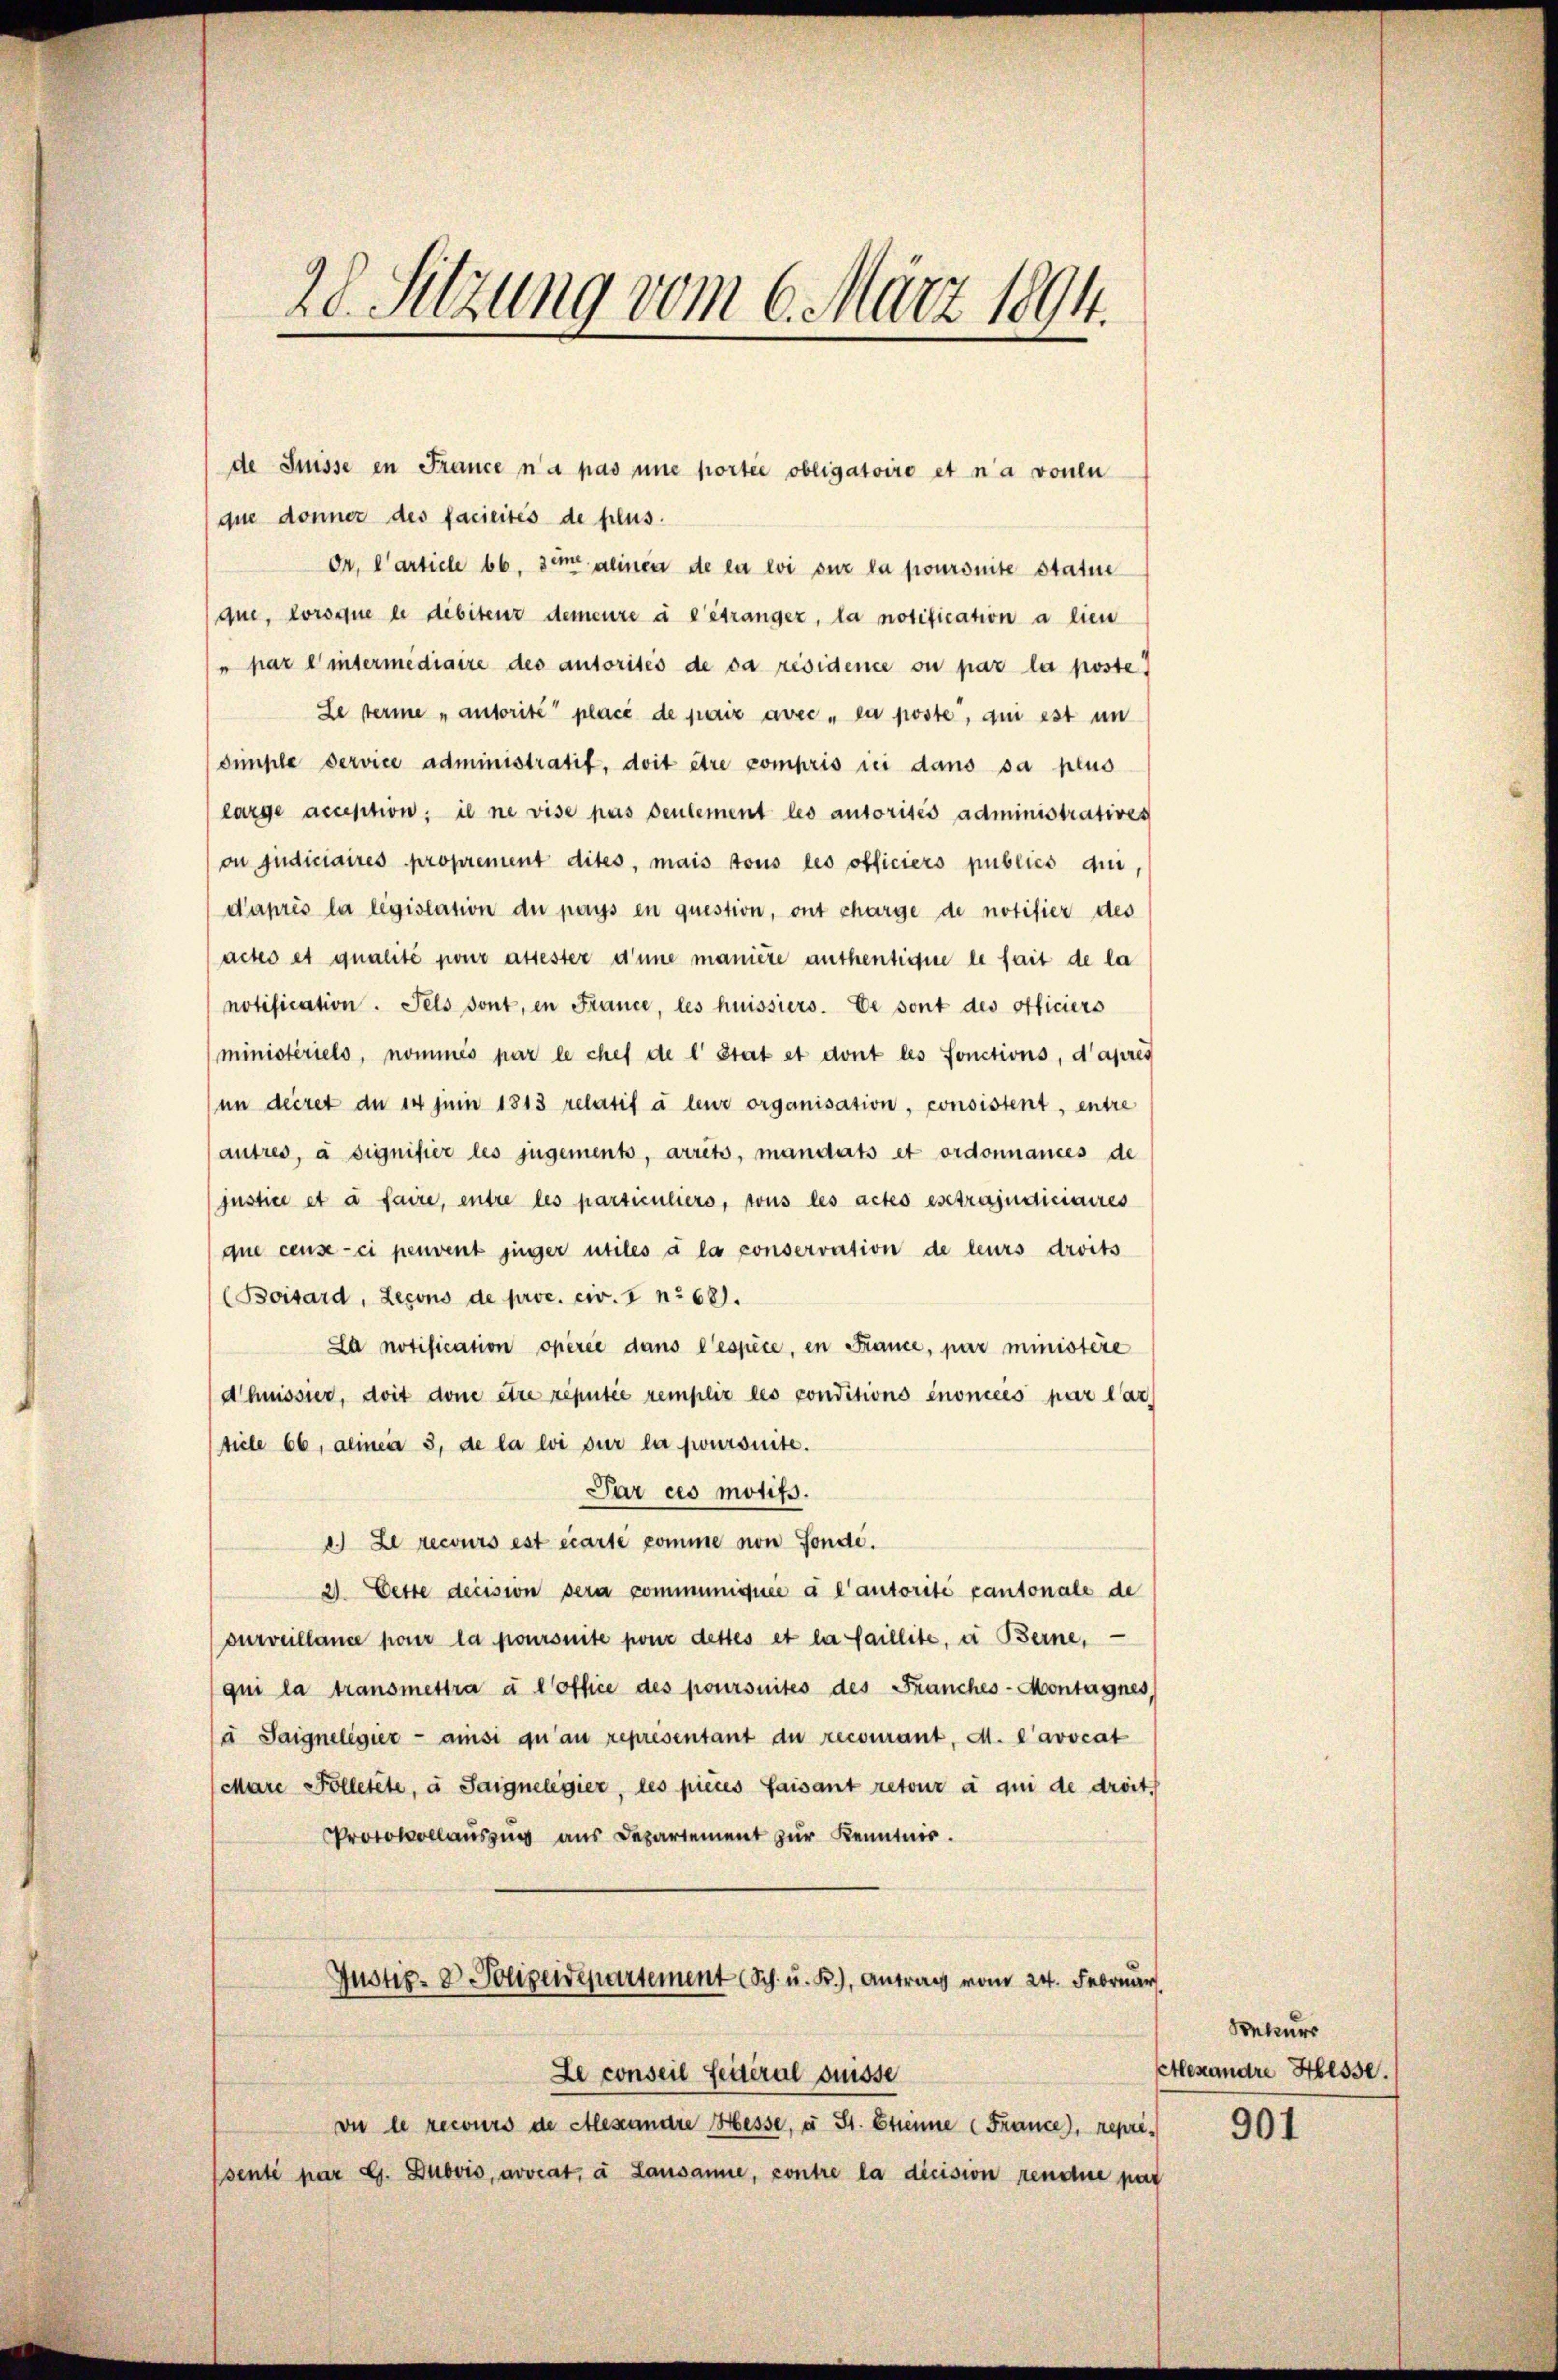
28. Sitzung vom 6. März 1894.

que donner des facieités de plus.
Or. Carticle bb. sime alinen de la loi sur la joursuite Statue
que, lorsque le débitenz demeure à l’étranger, la notification a lieu
 par es intermediaire des autorités de da résidence ou par la poste
Le terme „autorité placé de paix avec la poste, qui est un
Simple dervice administratit, doit être compris ici dans sa plus
large acception; il ne vise pas seulement les autorités administratives
on Judiciaires proprement dites, mais tous les officiers publics qui
d’après la législation du pays en question, ont charge de notifier des
actes et qualité pour attester d’une manière authentique le fait de la
notification. Fels sont, in France, les huissiers. De sont des officiers
ministeriels, nommés par le chef de l Stat et dont les fonctions, d’apres
in decret du 14 Juin 1813 relatif à leur organisation, consistent, entze
autres, à signifier les jugement, arrito, mandats et ordonnances de
justice et à faire, entre les particuliers, tous les actes esstrajudiciaires
que ceuse-ci peuvent jünger utiles à la conservation de leurs droits
(Boisard, Leçons de proc. civ. I nr 681.
La notification opérée dans l’espice, in France, par ministere
dhuisser, doit done être réputée remplir les conditions énoncées par l’ar
ticle 66, alinea 3, de la loi sur la joursuite.
Par ces motifs.
c.) Le recours est écarte comme von Fonde.
2) Cette decision sera communiquée à l’autorité cantonale de
surveillance pour la poursuite pour destes et la faillite, u Berne,
qui la transmettra à l’office des poursuites des Franches-Montagnes,
à Saignelegier - ansi qu’au representant du recourant, M. L’avocat
Mare Folletete, u Saignelegier, les pièces faisant retour à qui de droit,
PProtokollaŭszŭg aŭs Departement zŭr Kenntnis.
Justiz- & Polizeidepartement (Sch. u. K.), Antrag vom 24. Febrŭar
Le conseil Leiteral Suisse
vie le recours de Alexandre Hesse, u St. Etienne (France, reprisenté par G. Dubois, avveat, à Lausanne, contre la dicision rendue par

de Suisse en France n’a pas une portie obligatoire et n’a vonen

Rekurs
Alexandre Hesse.

901